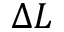
\Delta { } L